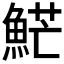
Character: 𩷶